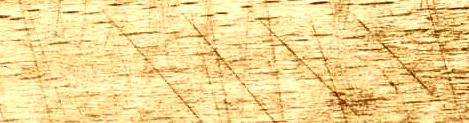
Super Mart